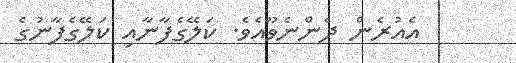
އެއުރެން ދެންނެވޫއެވެ. ކަލޭގެފާނާއި ކަލޭގެފާނުގެ